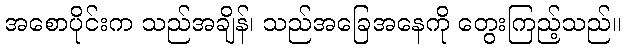
အစောပိုင်းက သည်အချိန်၊ သည်အခြေအနေကို တွေးကြည့်သည်။